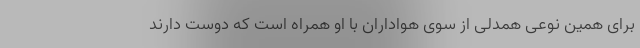
برای همین نوعی همدلی از سوی هواداران با او همراه است که دوست دارند